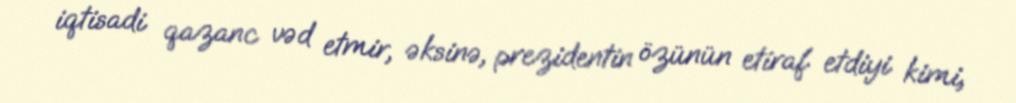
iqtisadi qazanc vəd etmir, əksinə, prezidentin özünün etiraf etdiyi kimi,